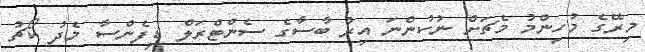
މިރޭގެ މުހިންމު މެޗަށް ނުކުންނަ އިރު ބާސާގެ ސެންޓްރަލް ޑިފެންސާ މެދު ކޯޗު